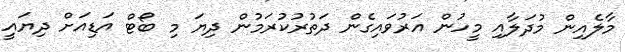
މާލެއިން މުދަލާއި މީހުން އަރުވައިގެން ދަތުރުކުރަމުން ދިޔަ މި ބޯޓް އަޑިއަށް ދިޔައީ